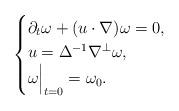
LaTeX: \begin{align*} \begin{cases} \partial_t \omega + (u\cdot \nabla) \omega=0, \\ u=\Delta^{-1} \nabla^{\perp} \omega,\\ \omega \Bigr|_{t=0} = \omega_0. \end{cases}\end{align*}